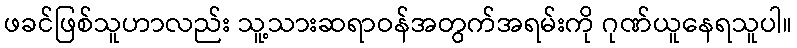
ဖခင်ဖြစ်သူဟာလည်း သူ့သားဆရာဝန်အတွက်အရမ်းကို ဂုဏ်ယူနေရသူပါ။